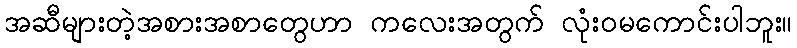
အဆီများတဲ့အစားအစာတွေဟာ ကလေးအတွက် လုံးဝမကောင်းပါဘူး။